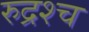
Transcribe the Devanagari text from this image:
रुद्रश्च